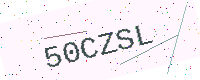
Text: 50CZSL